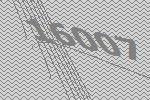
16007